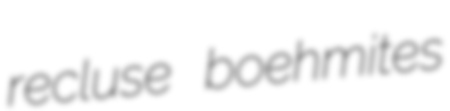
recluse boehmites